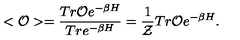
< { \cal O } > = \frac { T r { \cal O } e ^ { - \beta H } } { T r e ^ { - \beta H } } = \frac { 1 } { { \cal Z } } T r { \cal O } e ^ { - \beta H } .